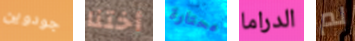
جودوين أختنا محتارة الدراما لم